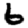
Digit: 6